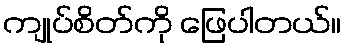
ကျုပ်စိတ်ကို ဖြေပါတယ်။